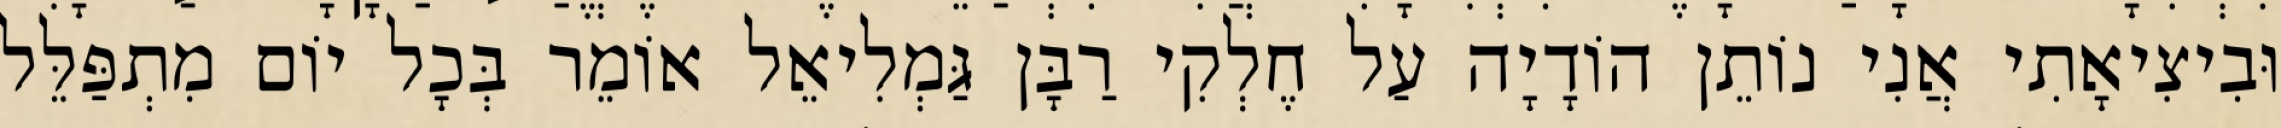
וּבִיצִיאָתִי אֲנִי נוֹתֵן הוֹדָיָה עַל חֶלְקִי רַבָּן גַּמְלִיאֵל אוֹמֵר בְּכָל יוֹם מִתְפַּלֵּל